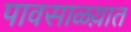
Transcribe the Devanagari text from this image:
पावसाळय़ात